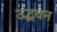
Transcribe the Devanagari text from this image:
उद्धवन